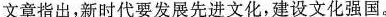
文章指出，新时代要发展先进文化，建设文化强国。